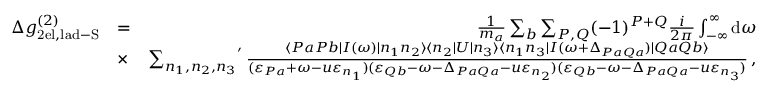
\begin{array} { r l r } { \Delta g _ { \mathrm { 2 e l , l a d - S } } ^ { ( 2 ) } } & { = } & { \frac { 1 } { m _ { a } } \sum _ { b } \sum _ { P , Q } ( - 1 ) ^ { P + Q } \frac { i } { 2 \pi } \int _ { - \infty } ^ { \infty } \mathrm { d } \omega } \\ & { \times } & { { \sum _ { n _ { 1 } , n _ { 2 } , n _ { 3 } } } ^ { \prime } \, \frac { \langle P a P b | I ( \omega ) | n _ { 1 } n _ { 2 } \rangle \langle n _ { 2 } | U | n _ { 3 } \rangle \langle n _ { 1 } n _ { 3 } | I ( \omega + \Delta _ { P a Q a } ) | Q a Q b \rangle } { ( \varepsilon _ { P a } + \omega - u \varepsilon _ { n _ { 1 } } ) ( \varepsilon _ { Q b } - \omega - \Delta _ { P a Q a } - u \varepsilon _ { n _ { 2 } } ) ( \varepsilon _ { Q b } - \omega - \Delta _ { P a Q a } - u \varepsilon _ { n _ { 3 } } ) } \, , } \end{array}